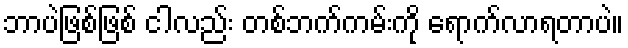
ဘာပဲဖြစ်ဖြစ် ငါလည်း တစ်ဘက်ကမ်းကို ရောက်လာရတာပဲ။